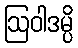
ဩဝါဒမ္ပိ